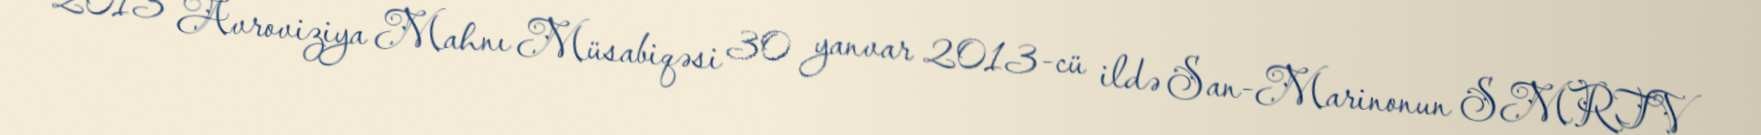
2013 Avroviziya Mahnı Müsabiqəsi 30 yanvar 2013-cü ildə San-Marinonun SMRTV